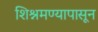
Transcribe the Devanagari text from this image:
शिश्नमण्यापासून